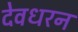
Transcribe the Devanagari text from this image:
देवधरन